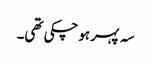
سہ پہر ہوچکی تھی۔